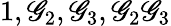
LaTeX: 1,\mathscr{G}_{2},\mathscr{G}_{3},\mathscr{G}_{2}\mathscr{G}_{3}